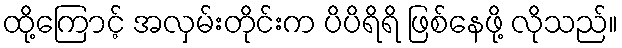
ထို့ကြောင့် အလှမ်းတိုင်းက ပိပိရိရိ ဖြစ်နေဖို့ လိုသည်။